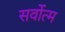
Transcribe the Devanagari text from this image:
सर्वोत्‍म